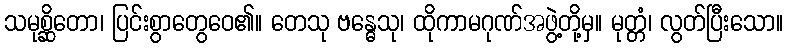
သမုစ္ဆိတော၊ ပြင်းစွာတွေဝေ၏။ တေသု ဗန္ဓေသု၊ ထိုကာမဂုဏ်အဖွဲ့တို့မှ။ မုတ္တံ၊ လွတ်ပြီးသော။